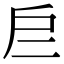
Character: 𢨧